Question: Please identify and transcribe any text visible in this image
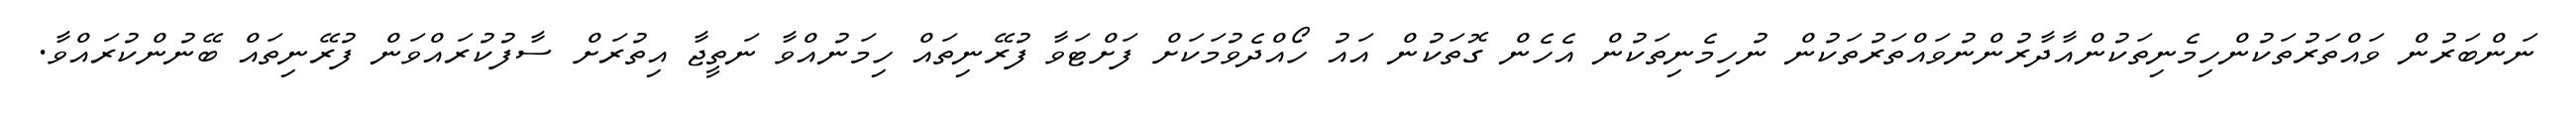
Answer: ނަންބަރުން ވައްތަރުތަކުންހިމެނިތަކުންއާދާރުންނުވައްތަރުތަކުން ނުހިމެނިތަކުން އެހެން ގޮތަކުން އައު ހޯއްދެވުމަކަށް ފަށްޓަވާ ފުރޭނިތައް ހިމަނުއްވާ ނަތީޖާ އިތުރަށް ސާފުކުރައްވަން ފުރޭނިތައް ބޭނުންކުރައްވާ.